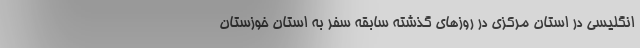
انگلیسی در استان مرکزی در روزهای گذشته سابقه سفر به استان خوزستان